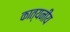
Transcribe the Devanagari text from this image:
कात्यनीय